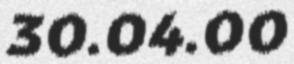
30.04.00